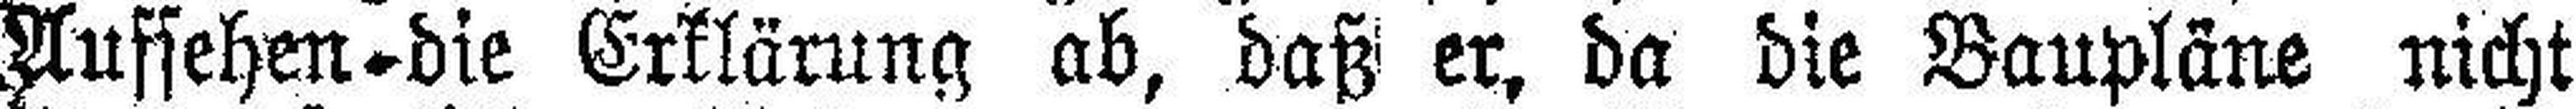
Aufsehen die Erklärung ab, daß er, da die Baupläne nicht